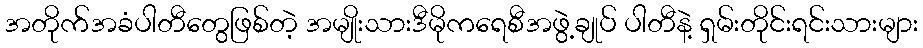
အတိုက်အခံပါတီတွေဖြစ်တဲ့ အမျိုးသားဒီမိုကရေစီအဖွဲ့ချုပ် ပါတီနဲ့ ရှမ်းတိုင်းရင်းသားများ